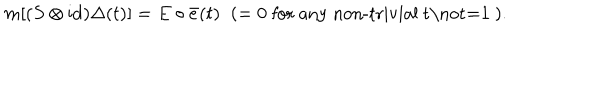
m [ ( S \otimes \mathrm { i d } ) \Delta ( t ) ] = E \circ \bar { e } ( t ) \; \; ( = 0 \; \mathrm { f o r ~ a n y ~ n o n - t r i v i a l ~ t \not = 1 ~ } ) .